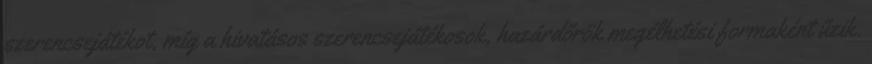
szerencsejátékot, míg a hivatásos szerencsejátékosok, hazárdőrök megélhetési formaként űzik.